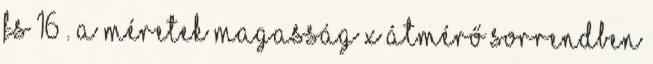
FS 16 . A méretek magasság x átmérő sorrendben